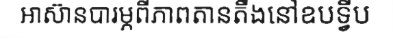
អាស៊ានបារម្ភពីភាពតានតឹងនៅឧបទ្វីប